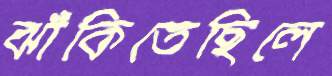
ঝাঁকিতেছিলে